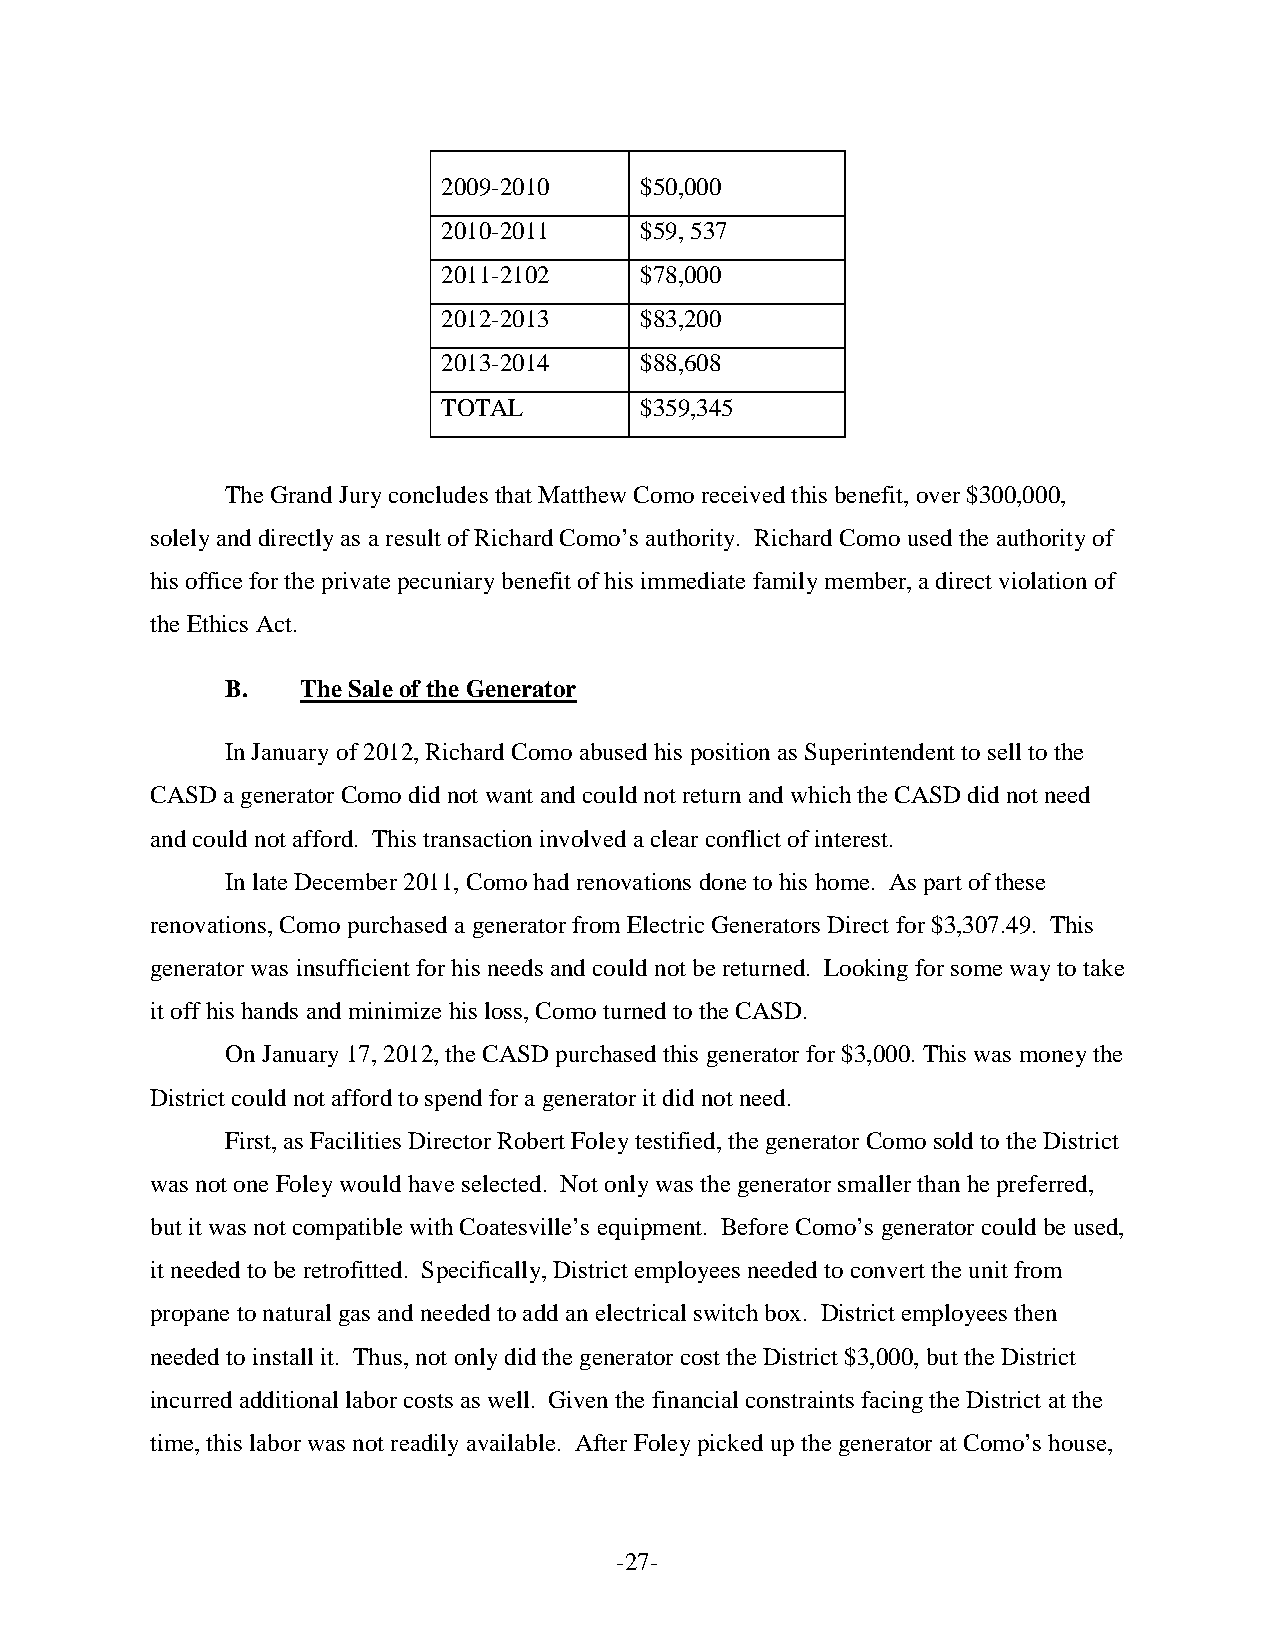
2009-2010    $50,000
 2010-2011    $59, 537
 2011-2102    $78,000
 2012-2013    $83,200
 2013-2014    $88,608
 TOTAL        $359,345
 The Grand Jury concludes that Matthew Como received this benefit, over $300,000,
 solely and directly as a result of Richard Como’s authority. Richard Como used the authority of
 his office for the private pecuniary benefit of his immediate family member, a direct violation of
 the Ethics Act.
 B.   The Sale of the Generator
 In January of 2012, Richard Como abused his position as Superintendent to sell to the
 CASD a generator Como did not want and could not return and which the CASD did not need
 and could not afford. This transaction involved a clear conflict of interest.
 In late December 2011, Como had renovations done to his home. As part of these
 renovations, Como purchased a generator from Electric Generators Direct for $3,307.49. This
 generator was insufficient for his needs and could not be returned. Looking for some way to take
 it off his hands and minimize his loss, Como turned to the CASD.
 On January 17, 2012, the CASD purchased this generator for $3,000. This was money the
 District could not afford to spend for a generator it did not need.
 First, as Facilities Director Robert Foley testified, the generator Como sold to the District
 was not one Foley would have selected. Not only was the generator smaller than he preferred,
 but it was not compatible with Coatesville’s equipment. Before Como’s generator could be used,
 it needed to be retrofitted. Specifically, District employees needed to convert the unit from
 propane to natural gas and needed to add an electrical switch box. District employees then
 needed to install it. Thus, not only did the generator cost the District $3,000, but the District
 incurred additional labor costs as well. Given the financial constraints facing the District at the
 time, this labor was not readily available. After Foley picked up the generator at Como’s house,
 -27-